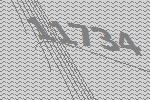
11734